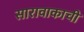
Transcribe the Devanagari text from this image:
सारावाकाची